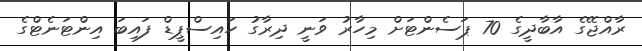
ރާއްޖޭގެ އާބާދީގެ 70 ޕަސެންޓަށް މިހާރު ވަނީ ދިރާގު ހައިސްޕީޑް ފައިބަ އިންޓަނެޓްގެ